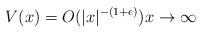
LaTeX: \begin{align*} V(x)=O(|x|^{-(1+\epsilon)})x\rightarrow\infty\end{align*}